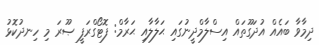
ދިމާވާ ބައެއް އުދަގޫތައް އިސްލާމްދީނުގައި ޙަލާލާއި ޙަރާމް: ފޮޓޯގްރަފީ ޞޫރަ މި ހިނދުކޮޅު